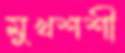
মুখশশী